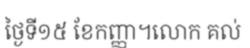
ថ្ងៃទី១៥ ខែកញ្ញា។លោក គល់